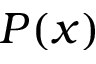
P ( x )